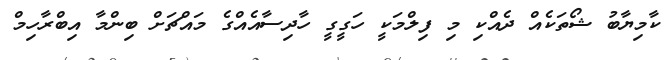
ކާމިޔާބު ޝޯތަކެއް ދެއްކި މި ފިލްމަކީ ހަގީގީ ހާދިސާއެއްގެ މައްޗަށް ބިންމާ އިބްރާހިމް